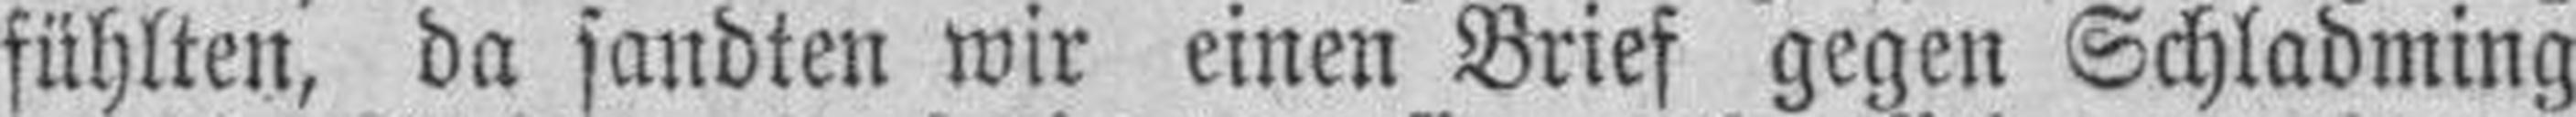
fühlten, da sandten wir einen Brief gegen Schladming